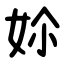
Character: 㚷